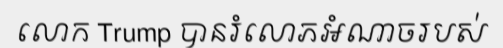
លោក Trump បានរំលោភអំណាចរបស់